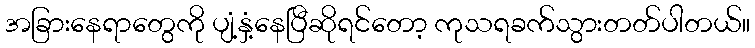
အခြားနေရာတွေကို ပျံ့နှံ့နေပြီဆိုရင်တော့ ကုသရခက်သွားတတ်ပါတယ်။